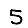
Digit: 5